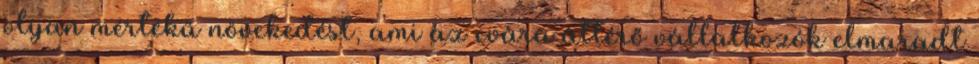
olyan mértékű növekedést, ami az evára áttérő vállalkozók elmaradt